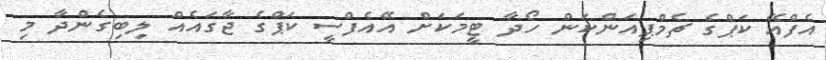
އެފްއޭ ކަޕްގެ ޗެމްޕިއަންކަން ހޯދާ ޓީމަކަށް އޭއެފްސީ ކަޕްގެ ޖާގަައެއް ލިބިގެންދާ މި